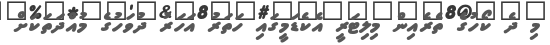
މި ދެ ކޯހުގެ ތެރެއިން މިލިޓަރީ އެކެޑަމީގައި ހަތަރު އަހަރު ދުވަހުގެ މުއްދަތަކަށް